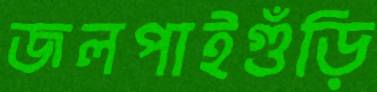
জলপাইগুঁড়ি